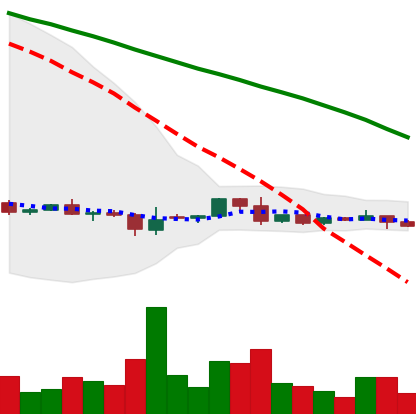
Ticker: DOGE-USD
Chart end date: 2022-06-08
Forward return: -32.123%
Label: down_7plus